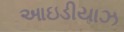
આઇડીયાઝ